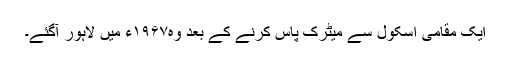
ایک مقامی اسکول سے میٹرک پاس کرنے کے بعد وہ۱۹۶۷ء میں لاہور آگئے۔